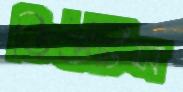
ডিউটিস